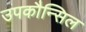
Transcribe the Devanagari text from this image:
उपकौन्सिल